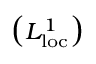
\left( \scriptstyle L _ { \mathrm { l o c } } ^ { 1 } \right)